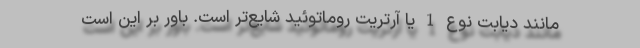
مانند دیابت نوع 1 یا آرتریت روماتوئید شایع‌تر است. باور بر این است